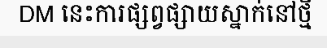
DM នេះការផ្សព្វផ្សាយស្នាក់នៅថ្មី